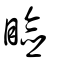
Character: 瞼